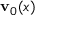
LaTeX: \mathbf { v } _ { 0 } ( x )